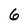
Character: 6